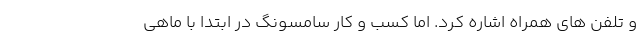
و تلفن های همراه اشاره کرد. اما کسب و کار سامسونگ در ابتدا با ماهی